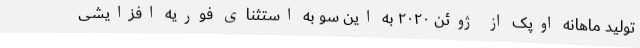
تولید ماهانه اوپک از ژوئن ۲۰۲۰ به این سو به استثنای فوریه افزایشی